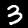
Digit: 3